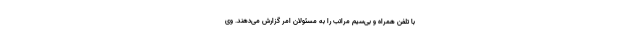
با تلفن ‌همراه و بی‌سیم مراتب را به مسئولان امر گزارش می‌دهند. وی